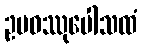
ဥပဝဿုပေါသထံ